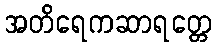
အတိရေကဆာရတ္တေ